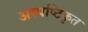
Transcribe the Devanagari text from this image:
अस्पष्टिकृत